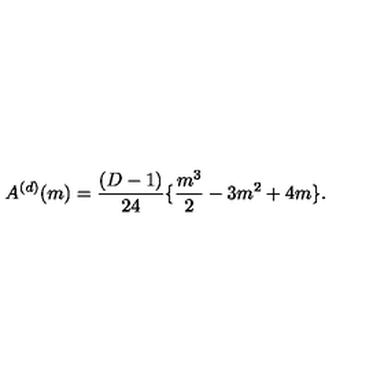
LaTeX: A ^ { ( d ) } ( m ) = \frac { ( D - 1 ) } { 2 4 } \{ \frac { m ^ { 3 } } { 2 } - 3 m ^ { 2 } + 4 m \} .